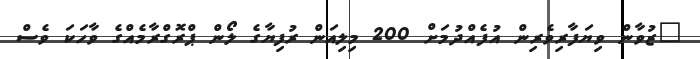
"ޒުވާން ވިޔަފާރިވެރިން އުފެއްދުމަށް 200 މިލިއަން ރުފިޔާގެ ލޯން ޕްރޮގްރާމެއްގެ ވާހަކަ ވެސް